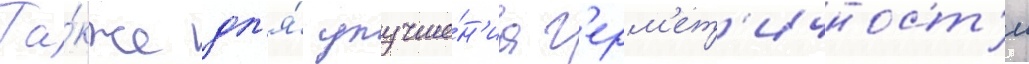
Та́кже дл'я́ улучше́н'иа г'ерм'ет'ичност'и